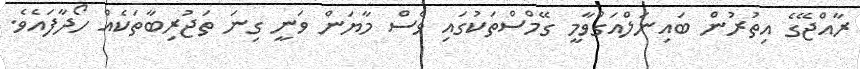
ރާއްޖޭގެ އިތުރުން ބައިނަލްއަގްވާމީ ގޭމްސްތަކުގައި ވެސް މާޔަން ވަނީ ގިނަ ތަޖުރިބާތަކެއް ހޯދާފައެވެ.